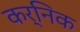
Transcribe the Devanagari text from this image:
कर्निक